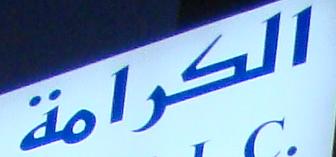
الكرامة